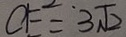
C E = 3 \sqrt { 2 }